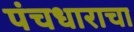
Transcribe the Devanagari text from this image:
पंचधाराचा